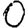
Digit: 0